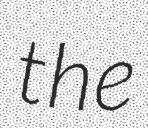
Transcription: the